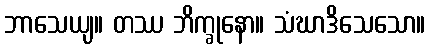
ဘာသေယျ။ တဿ ဘိက္ခုနော။ သံဃာဒိသေသော။